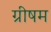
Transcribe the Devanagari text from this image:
ग्रीषम